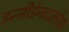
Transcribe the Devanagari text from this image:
इन्सीडेनटालोमा